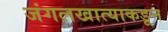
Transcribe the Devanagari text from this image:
जंगलखात्याकडून